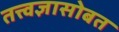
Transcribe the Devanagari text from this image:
तत्त्वज्ञासोबत